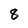
Character: 8